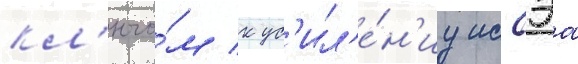
кл'ючо́м к ус'ил'е́н'иу иссэа